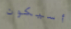
أسيكون